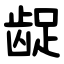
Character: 龊